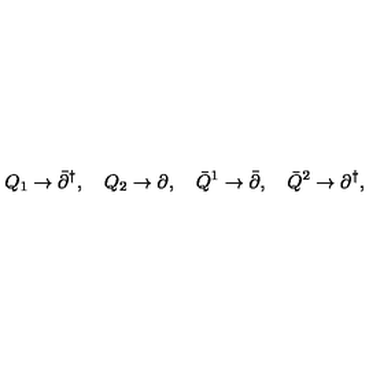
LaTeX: Q _ { 1 } \to \bar { \partial } ^ { \dagger } , \quad Q _ { 2 } \to \partial , \quad \bar { Q } ^ { 1 } \to \bar { \partial } , \quad \bar { Q } ^ { 2 } \to \partial ^ { \dagger } ,